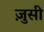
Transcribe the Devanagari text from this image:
ज़ुसी